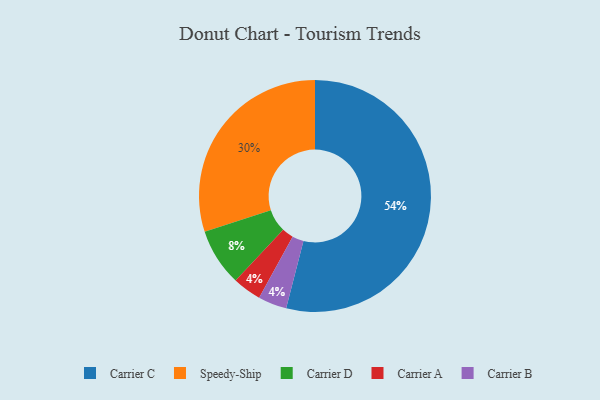
{"axis": {"x": "Category", "y": "Percentage"}, "legend": ["Carrier A", "Carrier B", "Carrier C", "Carrier D", "Speedy-Ship"], "data": [{"x": "Carrier A", "y": 4, "type": "Carrier A"}, {"x": "Carrier C", "y": 54, "type": "Carrier C"}, {"x": "Speedy-Ship", "y": 30, "type": "Speedy-Ship"}, {"x": "Carrier D", "y": 8, "type": "Carrier D"}, {"x": "Carrier B", "y": 4, "type": "Carrier B"}]}